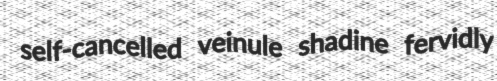
self-cancelled veinule shadine fervidly